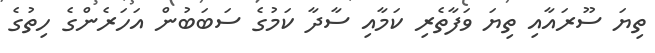
ތިޔަ ސޫރައާއި ތިޔަ ވަފާތެރި ކަމާއި ސާދާ ކަމުގެ ސަބަބުން އަހަރެންގެ ހިތުގެ